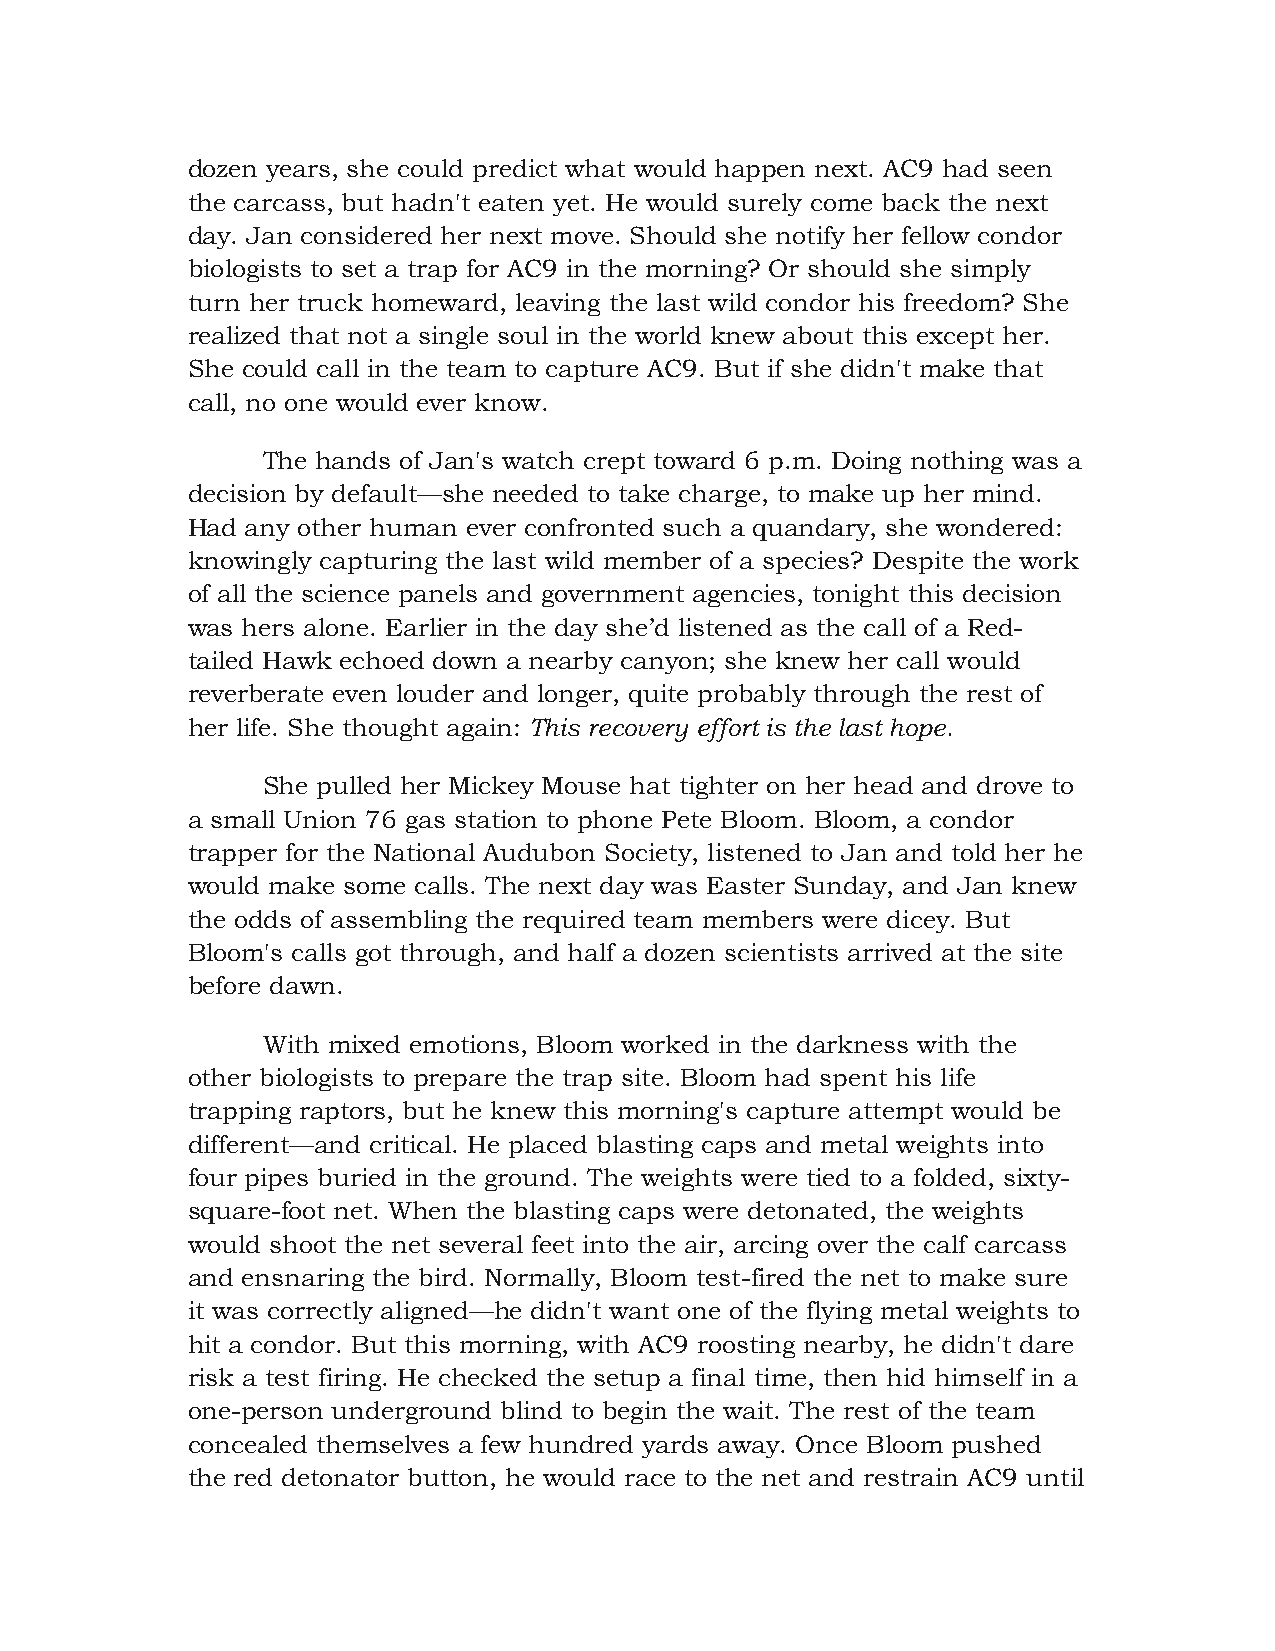
dozen years, she could predict what would happen next. AC9 had seen
 the carcass, but hadn't eaten yet. He would surely come back the next
 day. Jan considered her next move. Should she notify her fellow condor
 biologists to set a trap for AC9 in the morning? Or should she simply
 turn her truck homeward, leaving the last wild condor his freedom? She
 realized that not a single soul in the world knew about this except her.
 She could call in the team to capture AC9. But if she didn't make that
 call, no one would ever know.
 The hands of Jan's watch crept toward 6 p.m. Doing nothing was a
 decision by default—she needed to take charge, to make up her mind.
 Had any other human ever confronted such a quandary, she wondered:
 knowingly capturing the last wild member of a species? Despite the work
 of all the science panels and government agencies, tonight this decision
 was hers alone. Earlier in the day she’d listened as the call of a Red-
 tailed Hawk echoed down a nearby canyon; she knew her call would
 reverberate even louder and longer, quite probably through the rest of
 her life. She thought again: This recovery effort is the last hope.
 She pulled her Mickey Mouse hat tighter on her head and drove to
 a small Union 76 gas station to phone Pete Bloom. Bloom, a condor
 trapper for the National Audubon Society, listened to Jan and told her he
 would make some calls. The next day was Easter Sunday, and Jan knew
 the odds of assembling the required team members were dicey. But
 Bloom's calls got through, and half a dozen scientists arrived at the site
 before dawn.
 With mixed emotions, Bloom worked in the darkness with the
 other biologists to prepare the trap site. Bloom had spent his life
 trapping raptors, but he knew this morning's capture attempt would be
 different—and critical. He placed blasting caps and metal weights into
 four pipes buried in the ground. The weights were tied to a folded, sixty-
 square-foot net. When the blasting caps were detonated, the weights
 would shoot the net several feet into the air, arcing over the calf carcass
 and ensnaring the bird. Normally, Bloom test-fired the net to make sure
 it was correctly aligned—he didn't want one of the flying metal weights to
 hit a condor. But this morning, with AC9 roosting nearby, he didn't dare
 risk a test firing. He checked the setup a final time, then hid himself in a
 one-person underground blind to begin the wait. The rest of the team
 concealed themselves a few hundred yards away. Once Bloom pushed
 the red detonator button, he would race to the net and restrain AC9 until